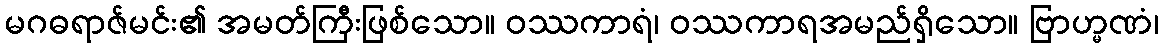
မဂဓရာဇ်မင်း၏ အမတ်ကြီးဖြစ်သော။ ဝဿကာရံ၊ ဝဿကာရအမည်ရှိသော။ ဗြာဟ္မဏံ၊